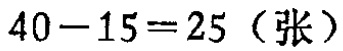
\(40 - 15 = 25 \text{（张）}\)